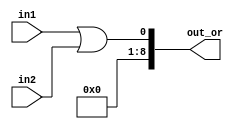
module logical_or(in1 , in2 , out_or);
  
  input signed [4:0]in1;
  input signed [4:0]in2;
  output signed [8:0]out_or;
  
  assign out_or = in1 || in2;
  
endmodule